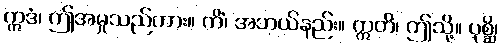
ဣဒံ၊ ဤအမှုသည်ကား။ ကိံ၊ အဘယ်နည်း။ ဣတိ၊ ဤသို့။ ပုစ္ဆိ၊